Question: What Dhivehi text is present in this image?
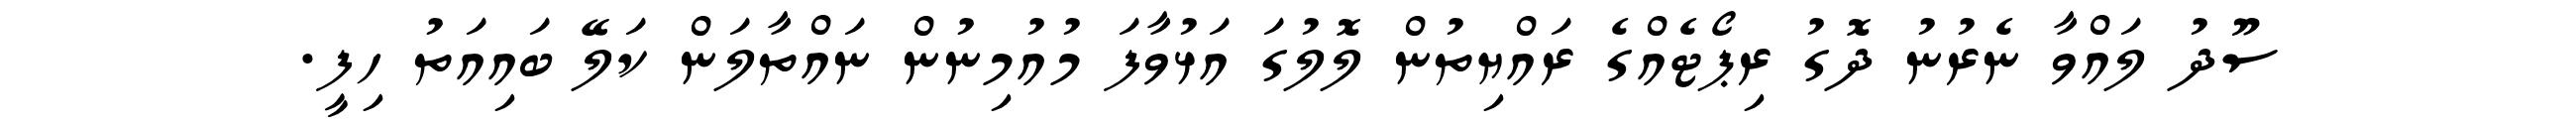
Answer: ސޫދު ލައްވާ ނެރުނު ދޮގު ރިޕޯޓެއްގެ ރައްޔިތުން ލޮލުގަ އަޅުވާފަ މުއުމިނުން ނައްތާލަން ކަލޭ ބައިއަތު ހިފީ.